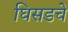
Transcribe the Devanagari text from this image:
घिसडचे